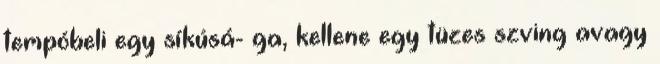
tempóbeli egy síkúsá- ga, kellene egy tüzes szving avagy